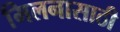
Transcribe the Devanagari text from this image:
मिलनासाठी